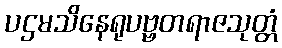
ပဌမသိနေရုပဗ္ဗတရာဇသုတ္တံ